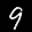
Label: 9